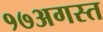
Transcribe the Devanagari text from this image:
१७अगस्त